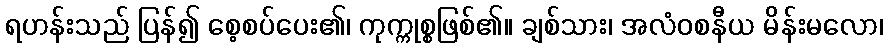
ရဟန်းသည် ပြန်၍ စေ့စပ်ပေး၏၊ ကုက္ကုစ္စဖြစ်၏။ ချစ်သား၊ အလံဝစနီယ မိန်းမလော၊